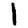
Digit: 1